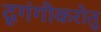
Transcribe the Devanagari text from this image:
दृगंगीकरोतु